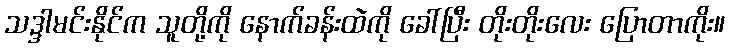
သဒ္ဒါမင်းနိုင်က သူတို့ကို နောက်ခန်းထဲကို ခေါ်ပြီး တိုးတိုးလေး ပြောတာကိုး။